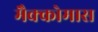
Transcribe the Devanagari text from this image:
मैक्कोमास